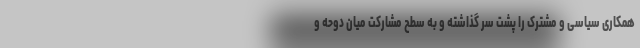
همکاری سیاسی و مشترک را پشت سر گذاشته و به سطح مشارکت میان دوحه و